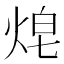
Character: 𱫋